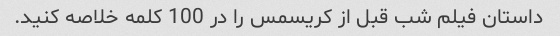
داستان فیلم شب قبل از کریسمس را در 100 کلمه خلاصه کنید.